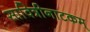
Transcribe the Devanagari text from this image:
सावित्रीनाटकम्